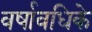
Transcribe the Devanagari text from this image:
वर्षावधिके